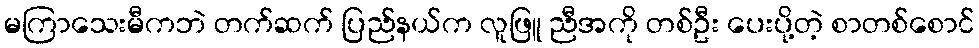
မကြာသေးမီကဘဲ တက်ဆက် ပြည်နယ်က လူဖြူ ညီအကို တစ်ဦး ပေးပို့တဲ့ စာတစ်စောင်